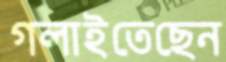
গলাইতেছেন